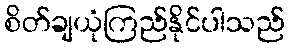
စိတ်ချယုံကြည်နိုင်ပါသည်